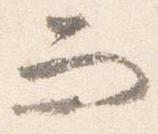
而